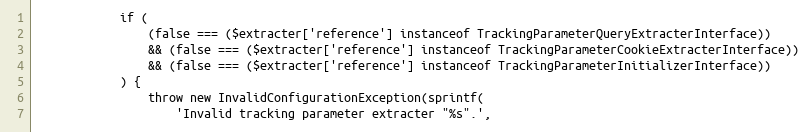
Language: PHP
            if (
                (false === ($extracter['reference'] instanceof TrackingParameterQueryExtracterInterface))
                && (false === ($extracter['reference'] instanceof TrackingParameterCookieExtracterInterface))
                && (false === ($extracter['reference'] instanceof TrackingParameterInitializerInterface))
            ) {
                throw new InvalidConfigurationException(sprintf(
                    'Invalid tracking parameter extracter "%s".',